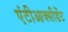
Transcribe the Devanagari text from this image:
एंटीआक्सीडेंट